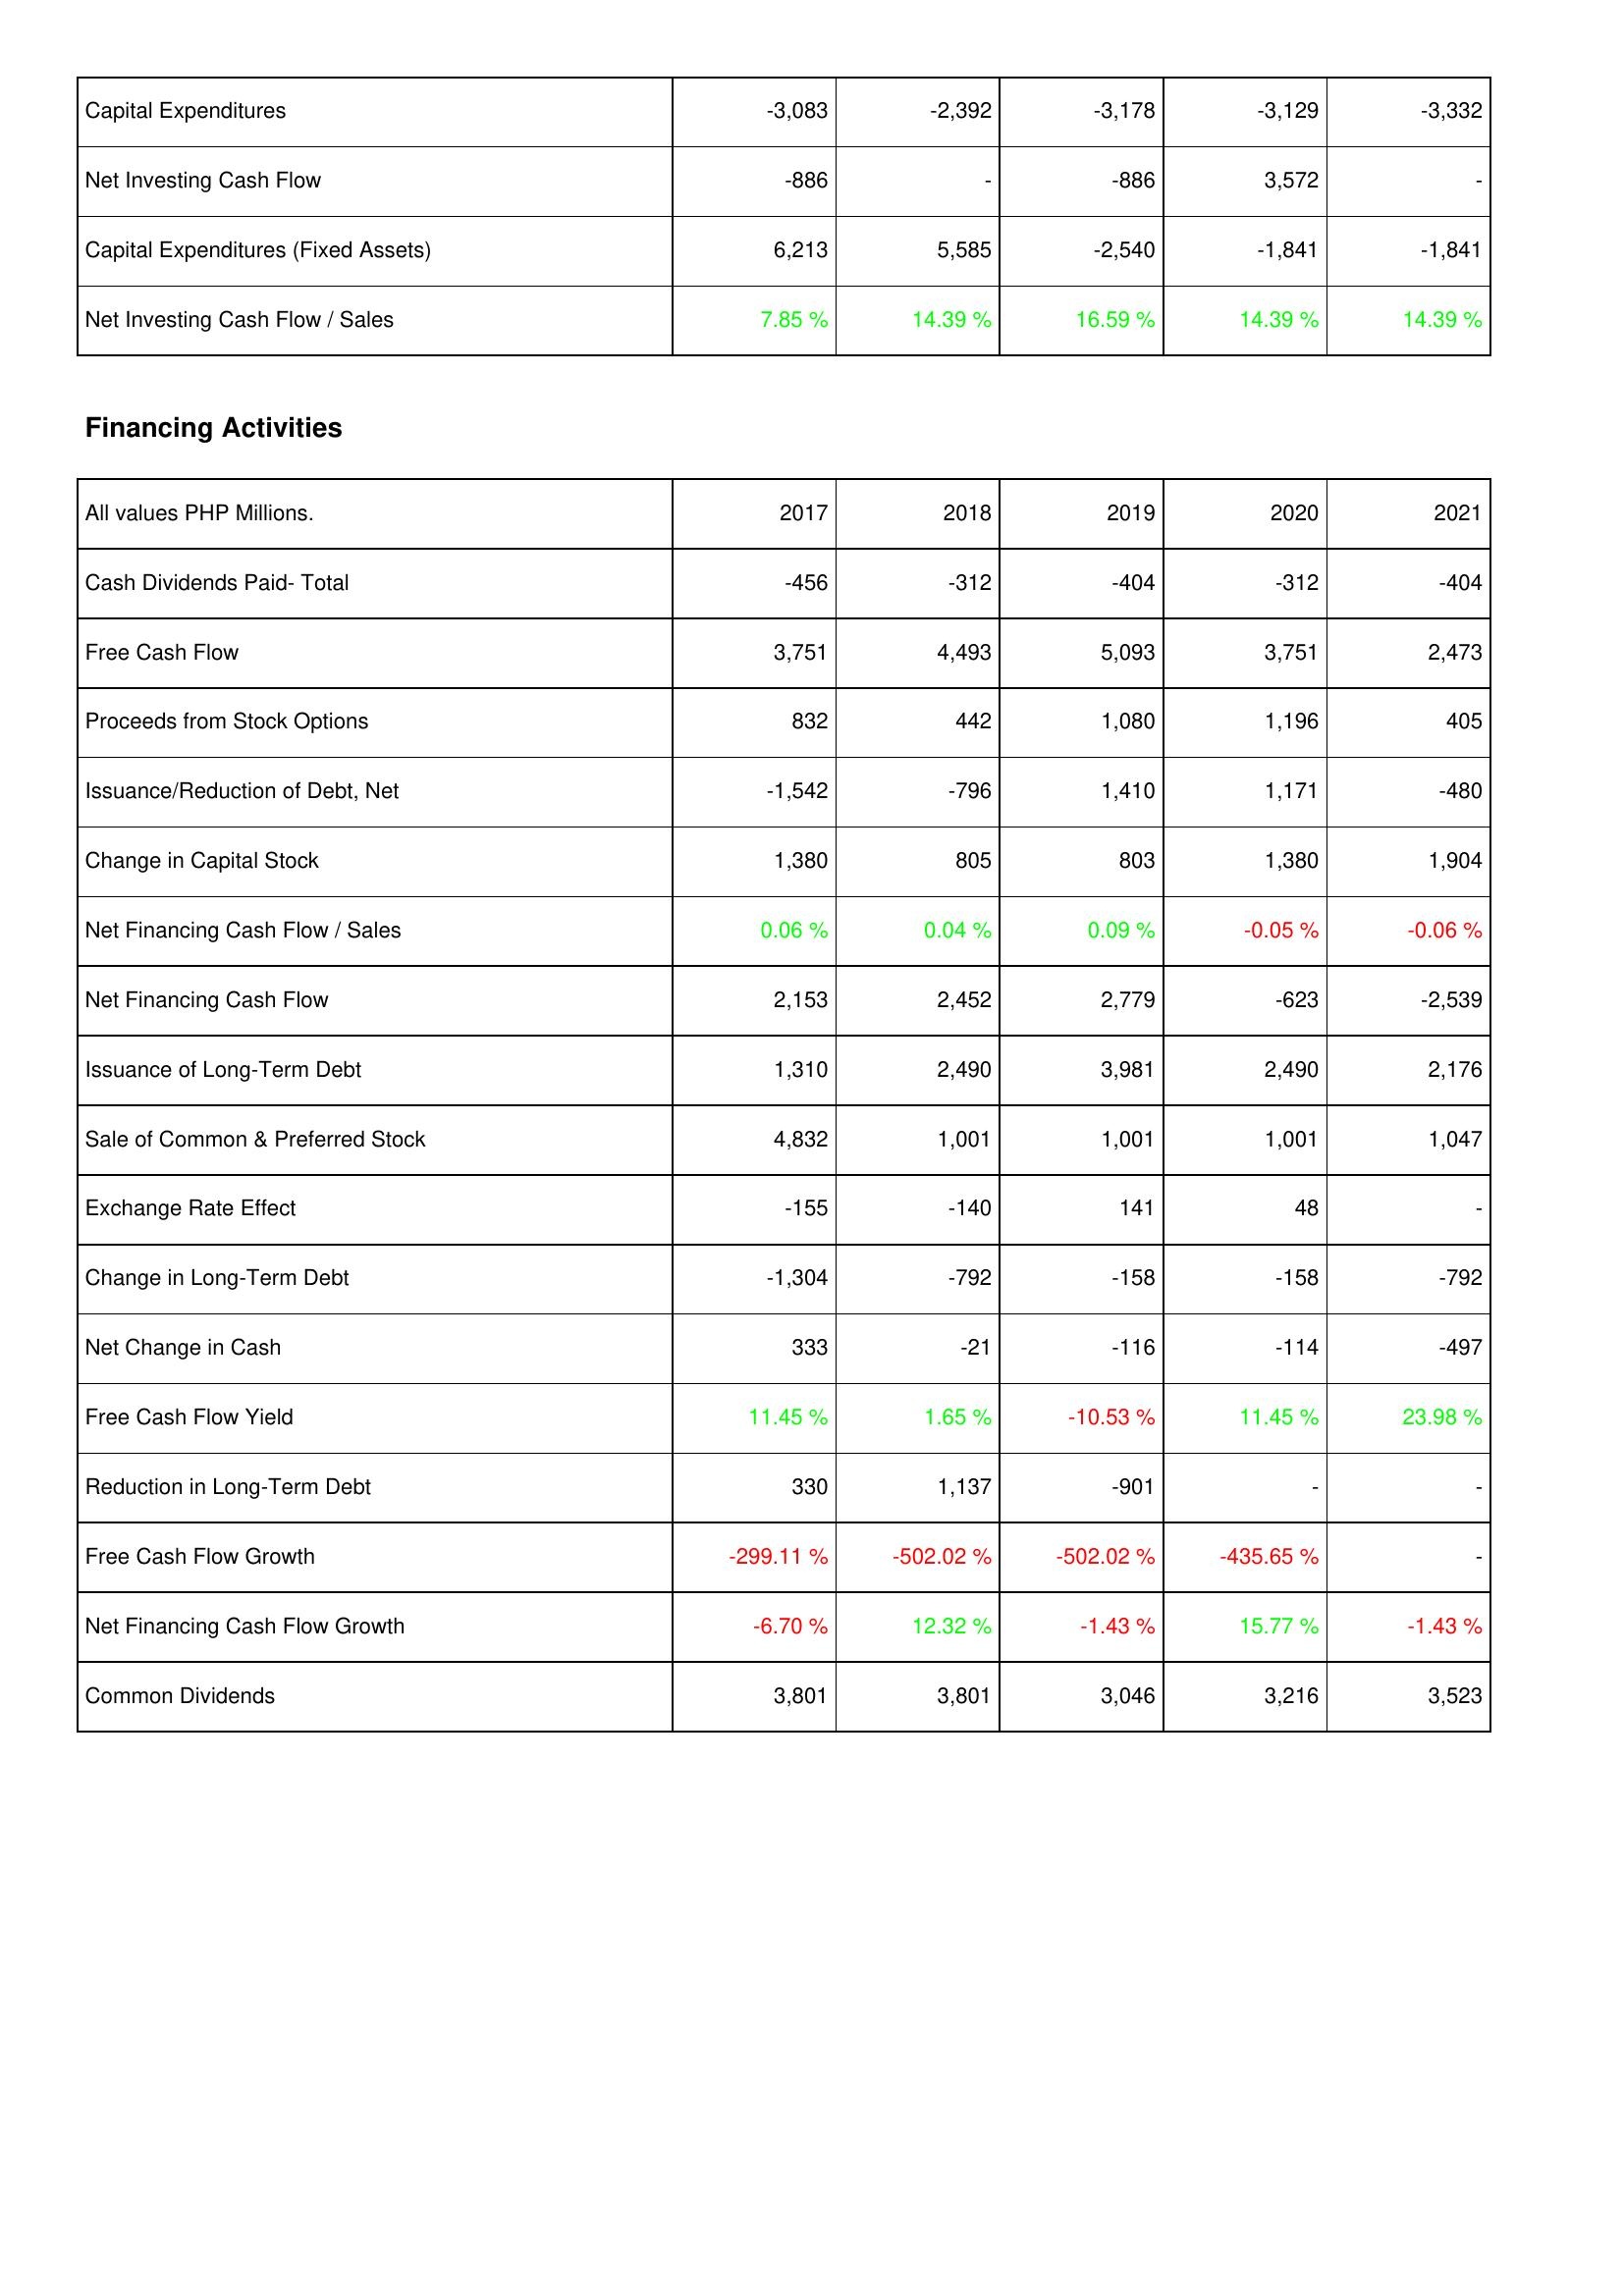
2017: Investing Activities: Capital Expenditures: -3,083
Net Investing Cash Flow: -886
Capital Expenditures (Fixed Assets): 6,213
Net Investing Cash Flow / Sales: 7.85 %
Financing Activities: Cash Dividends Paid- Total: -456
Free Cash Flow: 3,751
Proceeds from Stock Options: 832
Issuance/Reduction of Debt, Net: -1,542
Change in Capital Stock: 1,380
Net Financing Cash Flow / Sales: 0.06 %
Net Financing Cash Flow: 2,153
Issuance of Long-Term Debt: 1,310
Sale of Common & Preferred Stock: 4,832
Exchange Rate Effect: -155
Change in Long-Term Debt: -1,304
Net Change in Cash: 333
Free Cash Flow Yield: 11.45 %
Reduction in Long-Term Debt: 330
Free Cash Flow Growth: -299.11 %
Net Financing Cash Flow Growth: -6.70 %
Common Dividends: 3,801
2018: Investing Activities: Capital Expenditures: -2,392
Net Investing Cash Flow: -
Capital Expenditures (Fixed Assets): 5,585
Net Investing Cash Flow / Sales: 14.39 %
Financing Activities: Cash Dividends Paid- Total: -312
Free Cash Flow: 4,493
Proceeds from Stock Options: 442
Issuance/Reduction of Debt, Net: -796
Change in Capital Stock: 805
Net Financing Cash Flow / Sales: 0.04 %
Net Financing Cash Flow: 2,452
Issuance of Long-Term Debt: 2,490
Sale of Common & Preferred Stock: 1,001
Exchange Rate Effect: -140
Change in Long-Term Debt: -792
Net Change in Cash: -21
Free Cash Flow Yield: 1.65 %
Reduction in Long-Term Debt: 1,137
Free Cash Flow Growth: -502.02 %
Net Financing Cash Flow Growth: 12.32 %
Common Dividends: 3,801
2019: Investing Activities: Capital Expenditures: -3,178
Net Investing Cash Flow: -886
Capital Expenditures (Fixed Assets): -2,540
Net Investing Cash Flow / Sales: 16.59 %
Financing Activities: Cash Dividends Paid- Total: -404
Free Cash Flow: 5,093
Proceeds from Stock Options: 1,080
Issuance/Reduction of Debt, Net: 1,410
Change in Capital Stock: 803
Net Financing Cash Flow / Sales: 0.09 %
Net Financing Cash Flow: 2,779
Issuance of Long-Term Debt: 3,981
Sale of Common & Preferred Stock: 1,001
Exchange Rate Effect: 141
Change in Long-Term Debt: -158
Net Change in Cash: -116
Free Cash Flow Yield: -10.53 %
Reduction in Long-Term Debt: -901
Free Cash Flow Growth: -502.02 %
Net Financing Cash Flow Growth: -1.43 %
Common Dividends: 3,046
2020: Investing Activities: Capital Expenditures: -3,129
Net Investing Cash Flow: 3,572
Capital Expenditures (Fixed Assets): -1,841
Net Investing Cash Flow / Sales: 14.39 %
Financing Activities: Cash Dividends Paid- Total: -312
Free Cash Flow: 3,751
Proceeds from Stock Options: 1,196
Issuance/Reduction of Debt, Net: 1,171
Change in Capital Stock: 1,380
Net Financing Cash Flow / Sales: -0.05 %
Net Financing Cash Flow: -623
Issuance of Long-Term Debt: 2,490
Sale of Common & Preferred Stock: 1,001
Exchange Rate Effect: 48
Change in Long-Term Debt: -158
Net Change in Cash: -114
Free Cash Flow Yield: 11.45 %
Reduction in Long-Term Debt: -
Free Cash Flow Growth: -435.65 %
Net Financing Cash Flow Growth: 15.77 %
Common Dividends: 3,216
2021: Investing Activities: Capital Expenditures: -3,332
Net Investing Cash Flow: -
Capital Expenditures (Fixed Assets): -1,841
Net Investing Cash Flow / Sales: 14.39 %
Financing Activities: Cash Dividends Paid- Total: -404
Free Cash Flow: 2,473
Proceeds from Stock Options: 405
Issuance/Reduction of Debt, Net: -480
Change in Capital Stock: 1,904
Net Financing Cash Flow / Sales: -0.06 %
Net Financing Cash Flow: -2,539
Issuance of Long-Term Debt: 2,176
Sale of Common & Preferred Stock: 1,047
Exchange Rate Effect: -
Change in Long-Term Debt: -792
Net Change in Cash: -497
Free Cash Flow Yield: 23.98 %
Reduction in Long-Term Debt: -
Free Cash Flow Growth: -
Net Financing Cash Flow Growth: -1.43 %
Common Dividends: 3,523